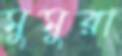
মুমুরা